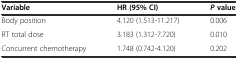
<table><thead><tr><td><b>Variable</b></td><td><b>HR (95% CI)</b></td><td><b><i>P</i>value</b></td></tr></thead><tbody><tr><td>Body position</td><td>4.120 (1.513-11.217)</td><td>0.006</td></tr><tr><td>RT total dose</td><td>3.183 (1.312-7.720)</td><td>0.010</td></tr><tr><td>Concurrent chemotherapy</td><td>1.748 (0.742-4.120)</td><td>0.202</td></tr></tbody></table>